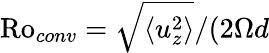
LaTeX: \mathrm{Ro}_{conv}=\sqrt{\langle u_{z}^{2}\rangle}/(2\Omega d